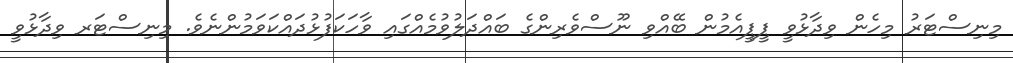
މިނިސްޓަރު މިހެން ވިދާޅުވީ ޕީޕީއެމުން ބޭއްވި ނޫސްވެރިންގެ ބައްދަލުވުމެއްގައި ވާހަކަފުޅުދައްކަވަމުންނެވެ. މިނިސްޓަރ ވިދާޅުވީ